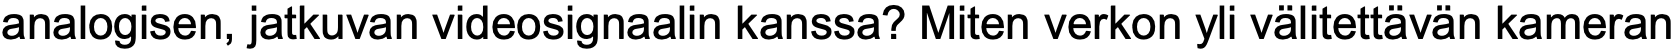
analogisen, jatkuvan videosignaalin kanssa? Miten verkon yli välitettävän kameran